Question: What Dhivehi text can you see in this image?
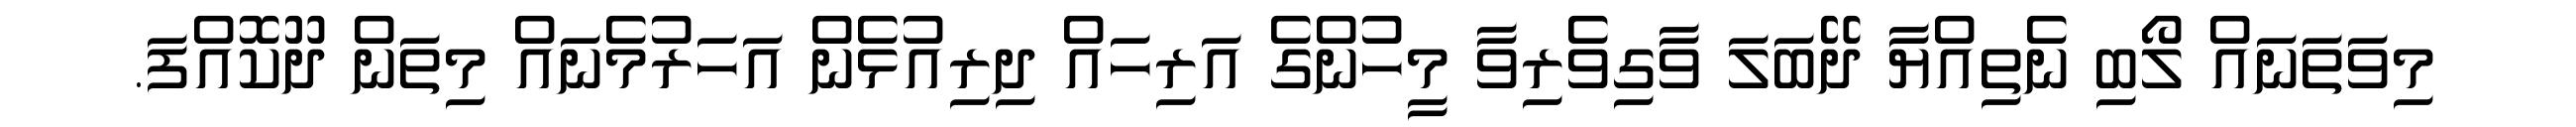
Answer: މިވަތަނައް ލޯބި ނެތިއްޔާ ދޭބަލަ ވާގިވެރިވާ މީހުންގެ އަރިހައް ދިރިއުޅެން އަހަރުމެނައް މިތަން ދޫކޮއްފަ.